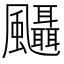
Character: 𱃒